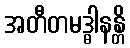
အတီတမဒ္ဓါနန္တိ